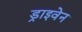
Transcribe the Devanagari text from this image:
ड्राइवेन